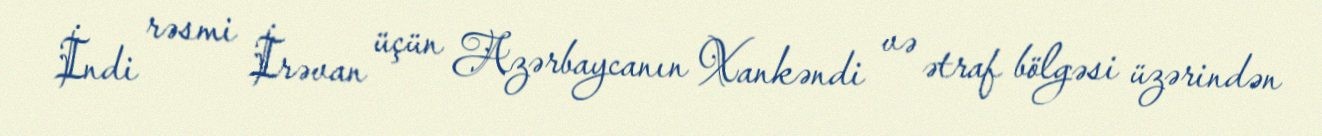
İndi rəsmi İrəvan üçün Azərbaycanın Xankəndi və ətraf bölgəsi üzərindən